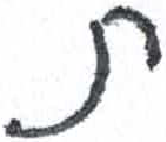
אות: ת